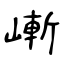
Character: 嶃